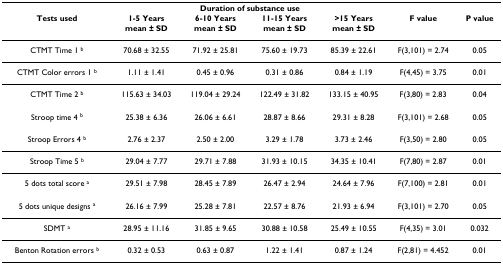
|  | <COLSPAN=4> Duration of substance use |  |  |
 | Tests used | 1-5 Yearsmean ± SD | 6-10 Yearsmean ± SD | 11-15 Yearsmean ± SD | >15 Yearsmean ± SD | F value | P value |
 | --- | --- | --- | --- | --- | --- | --- |
 | CTMT Time 1 b | 70.68 ± 32.55 | 71.92 ± 25.81 | 75.60 ± 19.73 | 85.39 ± 22.61 | F(3,101) = 2.74 | 0.05 |
 | CTMT Color errors 1 b | 1.11 ± 1.41 | 0.45 ± 0.96 | 0.31 ± 0.86 | 0.84 ± 1.19 | F(4,45) = 3.75 | 0.01 |
 | CTMT Time 2 b | 115.63 ± 34.03 | 119.04 ± 29.24 | 122.49 ± 31.82 | 133.15 ± 40.95 | F(3,80) = 2.83 | 0.04 |
 | Stroop time 4 b | 25.38 ± 6.36 | 26.06 ± 6.61 | 28.87 ± 8.66 | 29.31 ± 8.28 | F(3,101) = 2.68 | 0.05 |
 | Stroop Errors 4 b | 2.76 ± 2.37 | 2.50 ± 2.00 | 3.29 ± 1.78 | 3.73 ± 2.46 | F(3,50) = 2.80 | 0.05 |
 | Stroop Time 5 b | 29.04 ± 7.77 | 29.71 ± 7.88 | 31.93 ± 10.15 | 34.35 ± 10.41 | F(7,80) = 2.87 | 0.01 |
 | 5 dots total score a | 29.51 ± 7.98 | 28.45 ± 7.89 | 26.47 ± 2.94 | 24.64 ± 7.96 | F(7,100) = 2.81 | 0.01 |
 | 5 dots unique designs a | 26.16 ± 7.99 | 25.28 ± 7.81 | 22.57 ± 8.76 | 21.93 ± 6.94 | F(3,101) = 2.70 | 0.05 |
 | SDMT a | 28.95 ± 11.16 | 31.85 ± 9.65 | 30.88 ± 10.58 | 25.49 ± 10.55 | F(4,35) = 3.01 | 0.032 |
 | Benton Rotation errors b | 0.32 ± 0.53 | 0.63 ± 0.87 | 1.22 ± 1.41 | 0.87 ± 1.24 | F(2,81) = 4.452 | 0.01 |